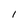
Character: l